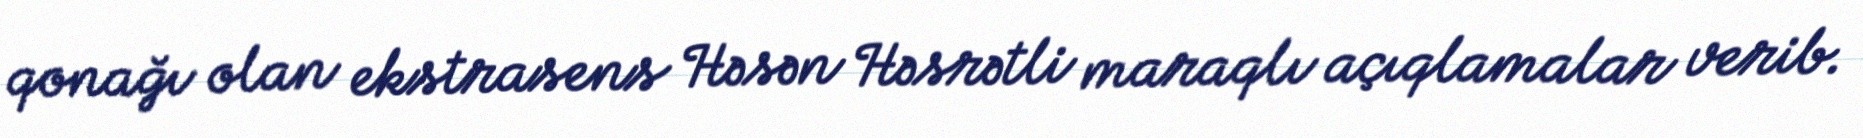
qonağı olan ekstrasens Həsən Həsrətli maraqlı açıqlamalar verib.